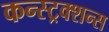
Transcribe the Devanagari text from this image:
कन्स्ट्रक्शन्स